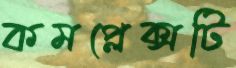
কমপ্লেক্সটি